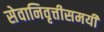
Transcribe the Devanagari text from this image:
सेवानिवृत्तीसमयी